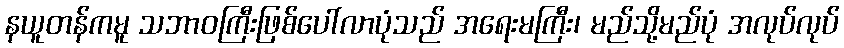
နယူတန်ကမူ သဘာဝကြီးဖြစ်ပေါ်လာပုံသည် အရေးမကြီး၊ မည်သို့မည်ပုံ အလုပ်လုပ်